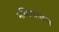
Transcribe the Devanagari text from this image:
मच्छिकाखण्ड